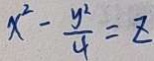
x ^ { 2 } - \frac { y ^ { 2 } } { 4 } = z